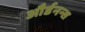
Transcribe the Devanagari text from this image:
और्डनन्स